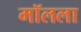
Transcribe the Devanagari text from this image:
मॉलला